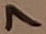
Text: 7